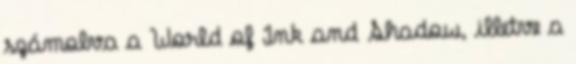
számolva a World of Ink and Shadow, illetve a